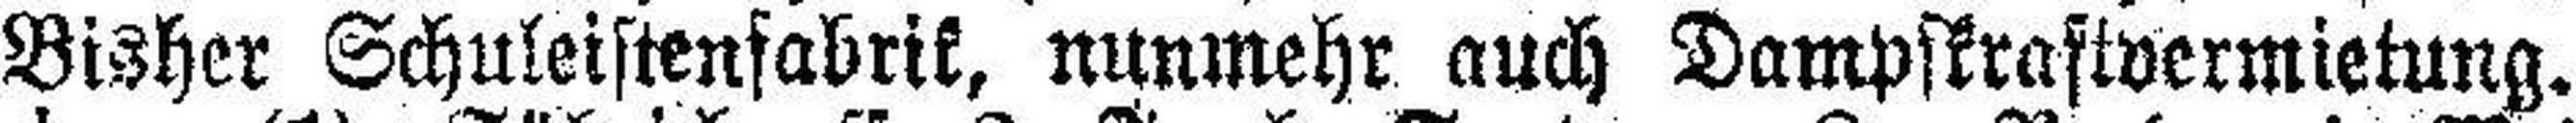
Bisher Schuleistenfabrik, nunmehr auch Dampskraftvermietung.